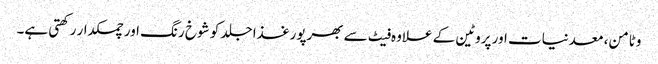
وٹامن، معدنیات اور پروٹین کے علاوہ فیٹ سے بھرپورغذا جلد کو شوخ رنگ اور چمکدار رکھتی ہے۔